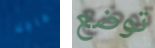
عاجلا توضع